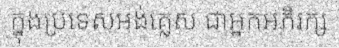
ក្នុងប្រទេសអង់គ្លេស ជាអ្នកអភិរក្ស